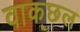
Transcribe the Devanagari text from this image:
वाक्‌छल